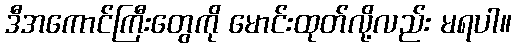
ဒီအကောင်ကြီးတွေကို မောင်းထုတ်လို့လည်း မရပါ။